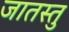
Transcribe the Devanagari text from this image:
जातस्तु